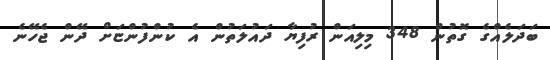
ބަދަލެއްގެ ގޮތުން 348 މިލިއަން ރުފިޔާ ދައުލަތުން އެ ކުންފުންޏަށް ދޭން ޖެހޭނެ